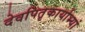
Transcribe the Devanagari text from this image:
देवपितृकार्याभ्यां